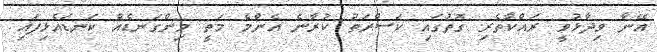
އޭނާ ވިދާޅުވީ ރައްކާތެރި ގޮތުގައި ކަސްރަތު ކުރާނެ އެންމެ މަތީ މިންގަނޑެއް ކަނޑައެޅިފައި